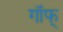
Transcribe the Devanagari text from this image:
गॉफ्